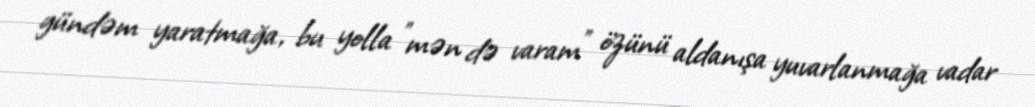
gündəm yaratmağa, bu yolla "mən də varam" özünü aldanışa yuvarlanmağa vadar